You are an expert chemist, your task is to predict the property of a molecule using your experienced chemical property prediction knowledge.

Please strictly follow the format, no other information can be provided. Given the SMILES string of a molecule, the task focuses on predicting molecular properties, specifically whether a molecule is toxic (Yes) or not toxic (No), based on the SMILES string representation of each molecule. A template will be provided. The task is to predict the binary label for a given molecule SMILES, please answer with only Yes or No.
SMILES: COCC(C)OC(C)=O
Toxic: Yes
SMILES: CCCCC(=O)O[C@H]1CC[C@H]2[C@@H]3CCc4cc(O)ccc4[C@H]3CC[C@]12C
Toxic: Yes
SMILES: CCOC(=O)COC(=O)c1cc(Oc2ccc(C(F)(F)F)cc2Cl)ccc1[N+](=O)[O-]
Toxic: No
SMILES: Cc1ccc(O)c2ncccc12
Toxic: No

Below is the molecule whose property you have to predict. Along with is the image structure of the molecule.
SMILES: C#CC(O)(/C=C\Cl)CC
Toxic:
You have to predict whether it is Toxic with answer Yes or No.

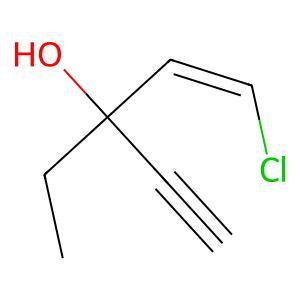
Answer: No